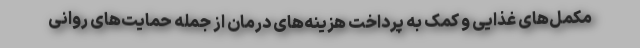
مکمل‌های غذایی و کمک به پرداخت هزینه‌های درمان از جمله حمایت‌های روانی